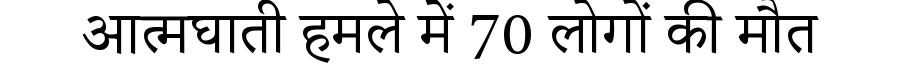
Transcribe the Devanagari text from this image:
आत्मघाती हमले में 70 लोगों की मौत